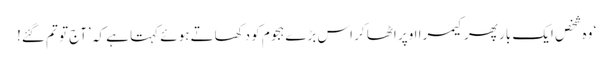
‘ وہ شخص ایک بار پھر کیمرا اوپر اٹھا کر اس بڑے ہجوم کو دکھاتے ہوئے کہتا ہے کہ ’آج تو تم گئے!